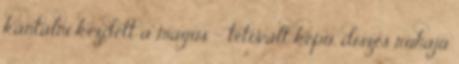
kántálni kezdett a mágus – tetovált képű, díszes ruhájú